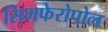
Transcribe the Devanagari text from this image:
सिमफेरोपोल